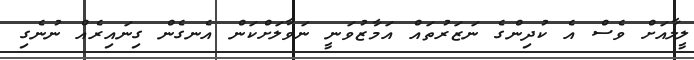
ލީލާއަށް ވެސް އެ ކުދިންގެ ނަޒަރުތައް އަމާޒުވަނީ ނަވާލަށްކަން އެނގެން ގިނައިރެއް ނުނެގި